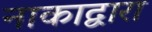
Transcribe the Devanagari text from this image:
नाकाद्वारा